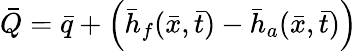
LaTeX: \bar{Q}=\bar{q}+\left(\bar{h}_{f}(\bar{x},\bar{t})-\bar{h}_{a}(\bar{x},\bar{t})\right)